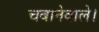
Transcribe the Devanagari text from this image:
चबानेवाले।